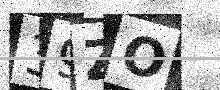
Text: 39ZO